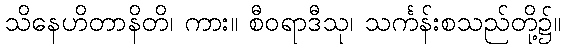
သိနေဟိတာနိတိ၊ ကား။ စီဝရာဒီသု၊ သင်္ကန်းစသည်တို့၌။